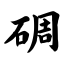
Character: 碉